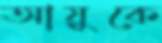
আয়ুকে